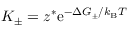
K _ { \pm } = z ^ { * } \mathrm { e } ^ { - \Delta G _ { \pm } / k _ { \mathrm { B } } T }